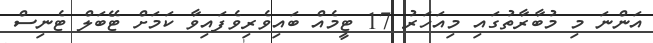
އަންނަ މި މުބާރާތުގައި މިއަހަރު 17 ޓީމެއް ބައިވެރިވެފައިވާ ކަމަށް ޓޭބަލް ޓެނިސް